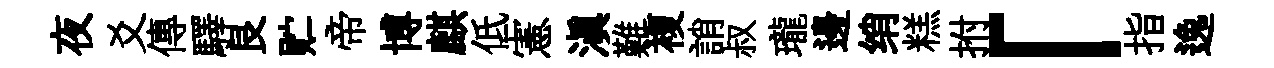
夜爻傳驛艮贮帝博麒低憲滇難複誚叔瓏邊绡糕拊「指逸